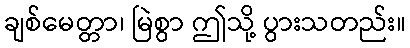
ချစ်မေတ္တာ၊ မြဲစွာ ဤသို့ ပွားသတည်း။